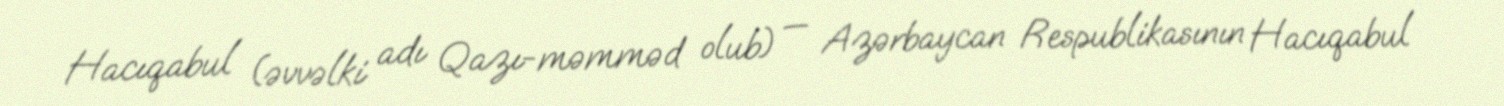
Hacıqabul (əvvəlki adı Qazı-məmməd olub) — Azərbaycan Respublikasının Hacıqabul